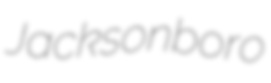
Jacksonboro